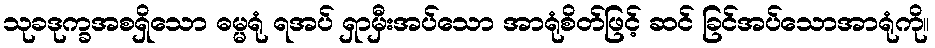
သုခဒုက္ခအစရှိသော ဓမ္မရုံ ရအပ် ရှာမှီးအပ်သော အာရုံစိတ်ဖြင့် ဆင် ခြင်အပ်သောအာရုံကို။